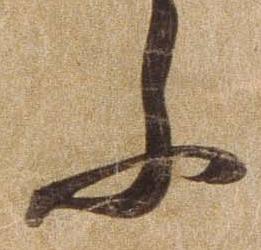
ふ